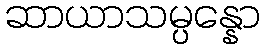
ဆာယာသမ္ပန္နော